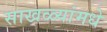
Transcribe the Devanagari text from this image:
साखळ्यांमधे